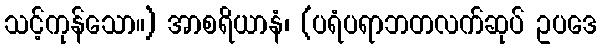
သင့်ကုန်သော။) အာစရိယာနံ၊ (ပရံပရာဘတလက်ဆုပ် ဥပဒေ